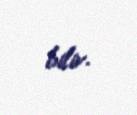
bilir.